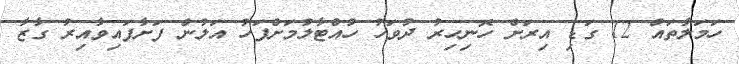
ހަމަލާތައް 12 ގަޑި އިރަށް ހޮނިހިރު ދުވަހު ހުއްޓާލުމަށްފަހު އަލުން ފަށާފައިވާއިރު ގާޒާ